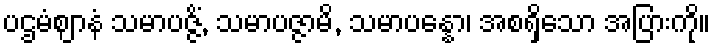
ပဌမံဈာနံ သမာပဇ္ဇိံ, သမာပဇ္ဇာမိ, သမာပန္နော၊ အစရှိသော အပြားကို။